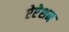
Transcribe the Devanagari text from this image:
ऐप्टेशन